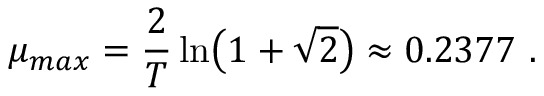
\mu _ { m a x } = { \frac { 2 } { T } } \ln \bigl ( 1 + \sqrt { 2 } \bigr ) \approx 0 . 2 3 7 7 \ .